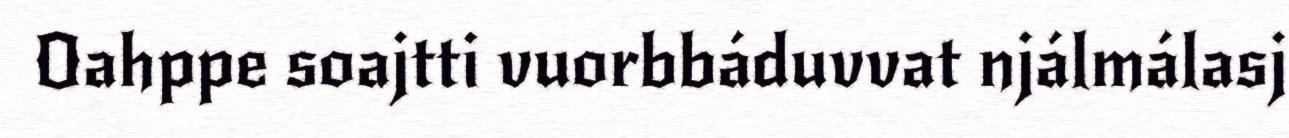
Oahppe soajtti vuorbbáduvvat njálmálasj